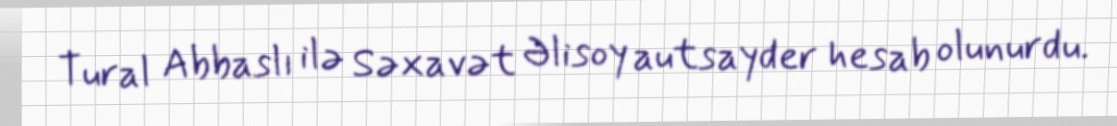
Tural Abbaslı ilə Səxavət Əlisoy autsayder hesab olunurdu.